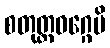
စတုတ္ထဝဂ္ဂေပိ